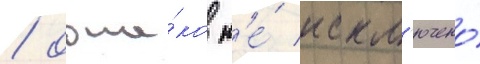
/ одна́ко н'е́ искл'ючено́